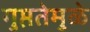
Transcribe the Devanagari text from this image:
गुप्ततेमुळे